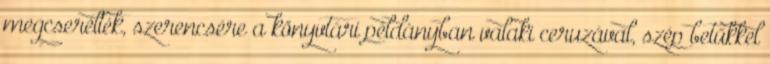
megcserélték, szerencsére a könyvtári példányban valaki ceruzával, szép betűkkel